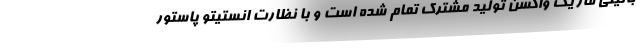
بالینی فاز یک واکسن تولید مشترک تمام شده است و با نظارت انستیتو پاستور